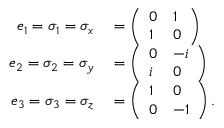
\begin{array} { r l } { e _ { 1 } = \sigma _ { 1 } = \sigma _ { x } } & { { } = { \left( \begin{array} { l l } { 0 } & { 1 } \\ { 1 } & { 0 } \end{array} \right) } } \\ { e _ { 2 } = \sigma _ { 2 } = \sigma _ { y } } & { { } = { \left( \begin{array} { l l } { 0 } & { - i } \\ { i } & { 0 } \end{array} \right) } } \\ { e _ { 3 } = \sigma _ { 3 } = \sigma _ { z } } & { { } = { \left( \begin{array} { l l } { 1 } & { 0 } \\ { 0 } & { - 1 } \end{array} \right) } \, . } \end{array}